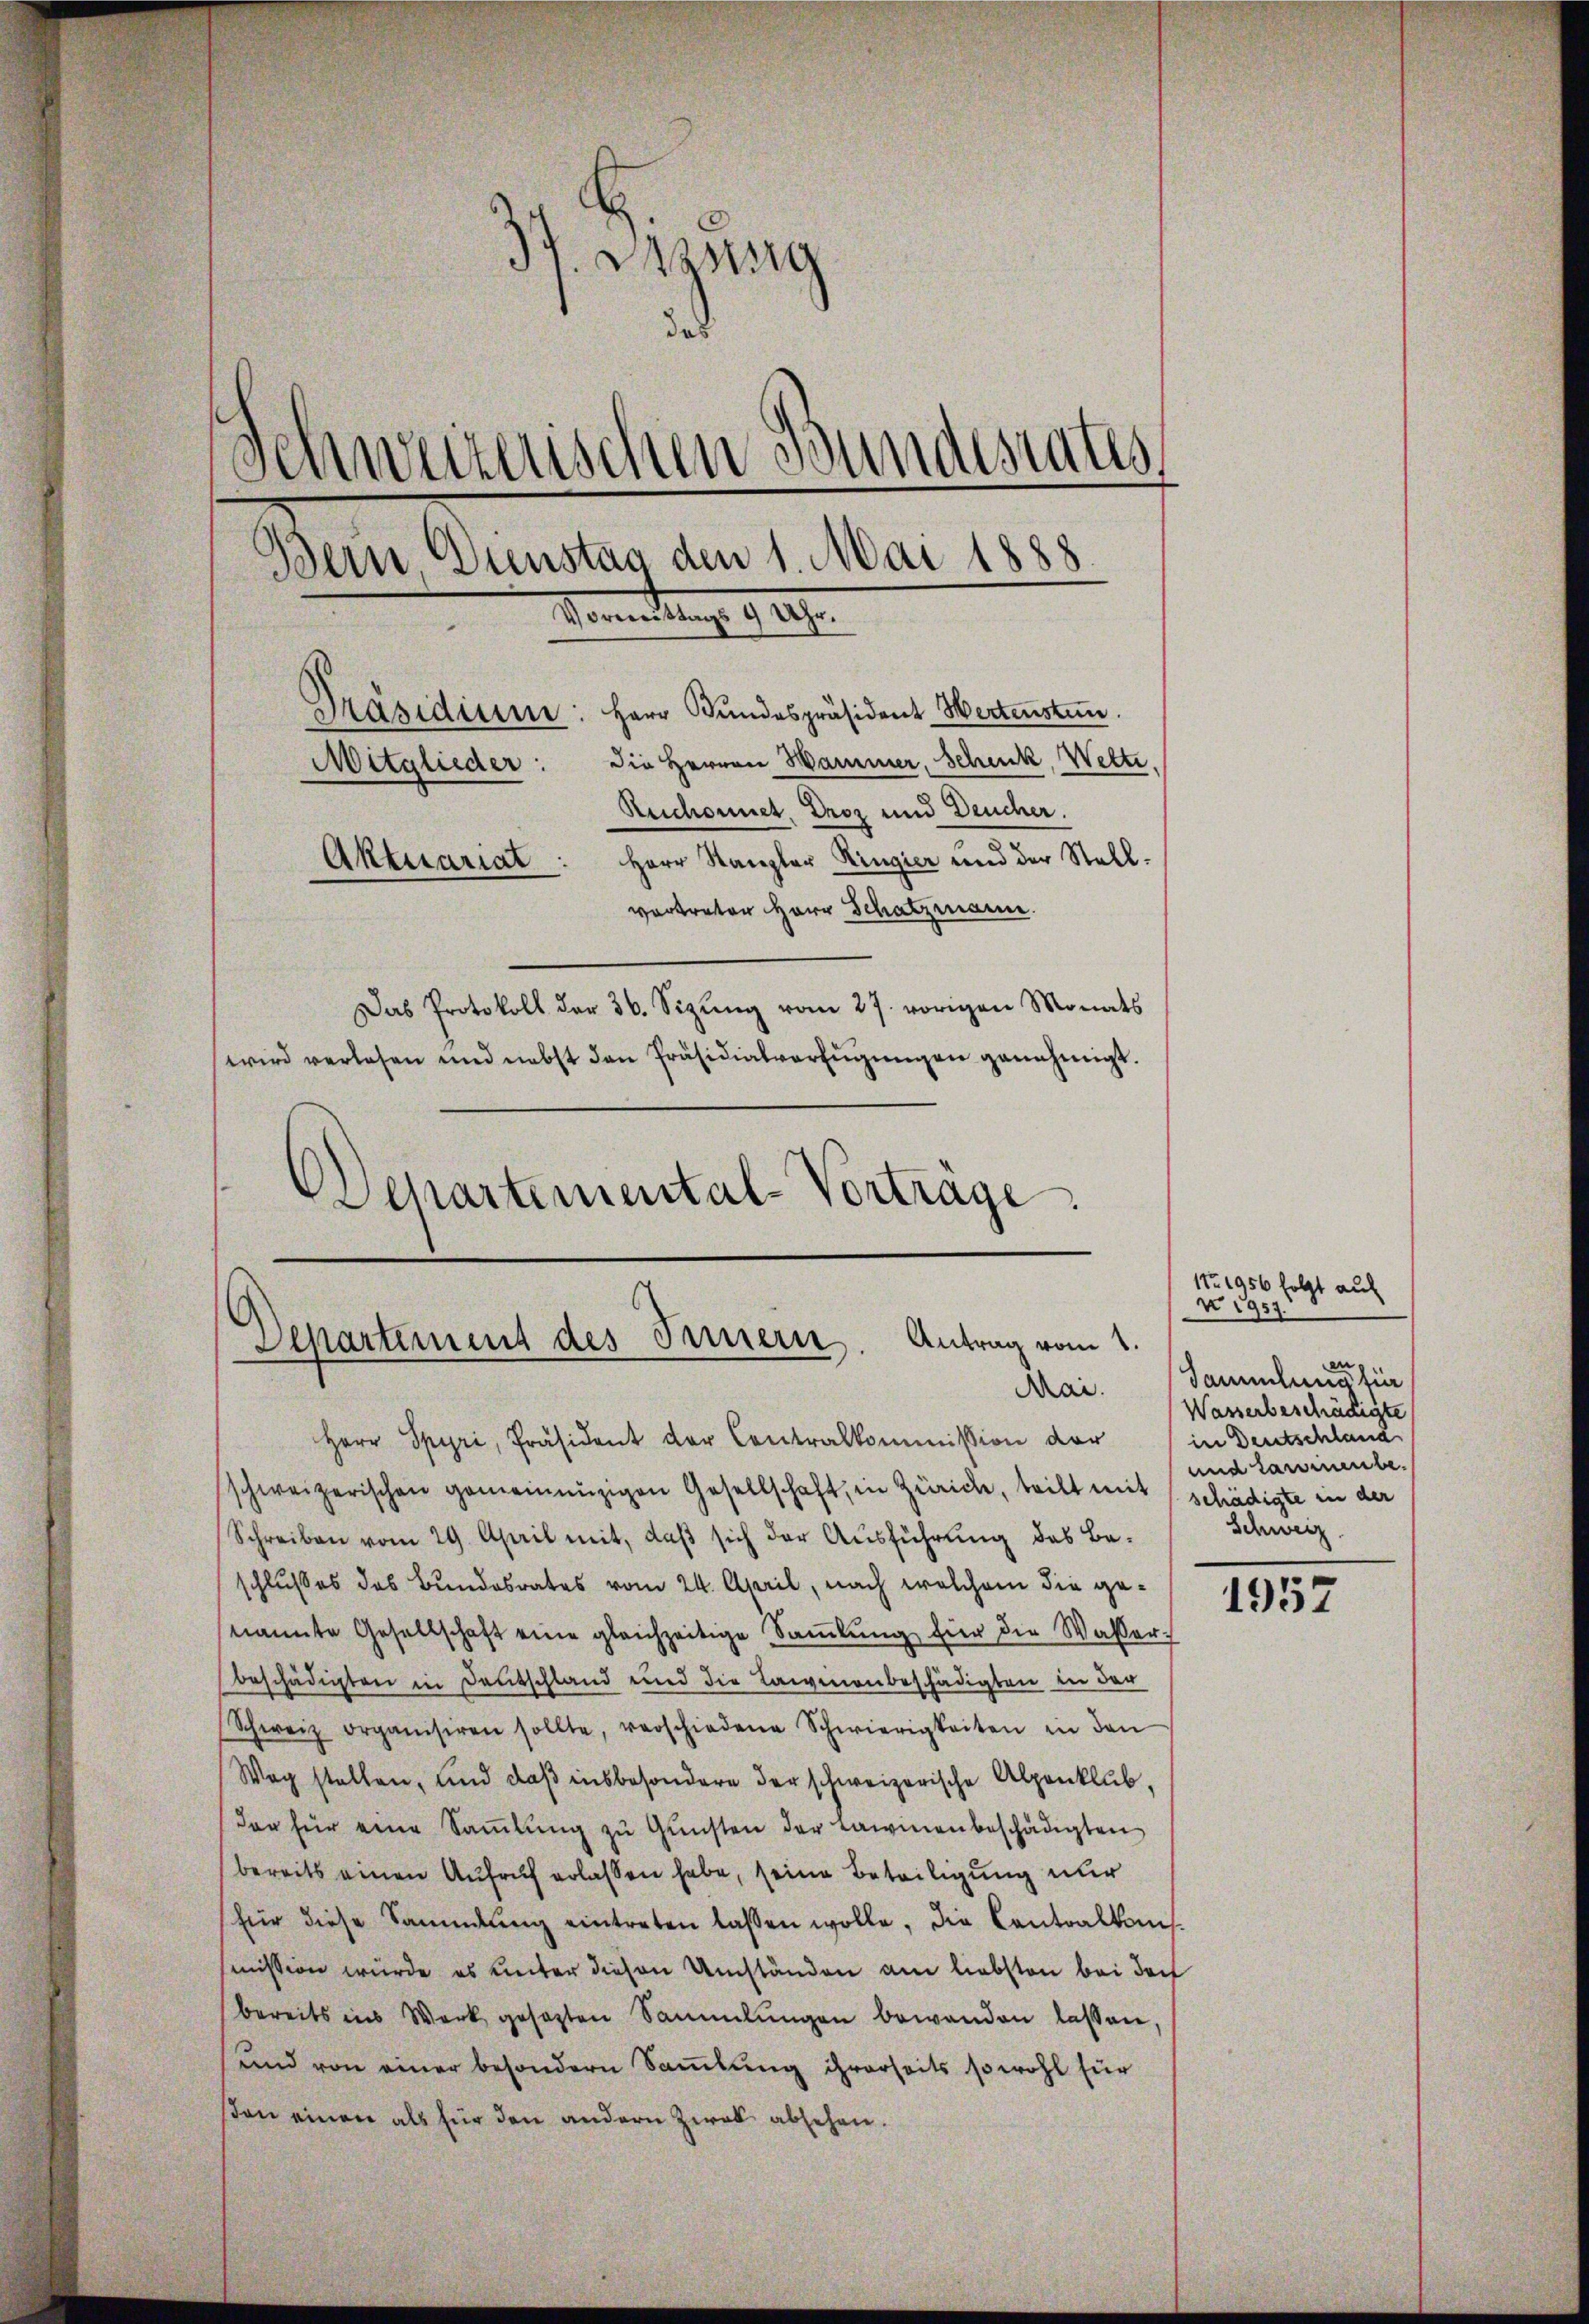
.
Desg
das
d
d
Schweizerischen Bundesrates
Bern, Dienstag den 1. Mai 1888.
Damitung 92.
Präsidium: Herr Bundespräsident Wertenstun
Mitglieder: die Herren Hammer, Schick, Welti,
Reichonnet. Droz und Deucher.
Herr Kanzler Ringier und der Stall¬
Aktuariat
vertreter Herr Schatzmann.
Das Protokoll der 36. Sizŭng vom 27. vorigen Monats
wird verlesen und nebst den Präsidialverfügungen genehmigt.
Departemental-Vorträge

Departement des Innern. Antrag vom 1.
Mai.

Herr Spyri, Präsident der Contralkommission der
schweizerischen gemeinnüzigen Gesellschaft, in Zürich, teilt mit schädigte in der
Schreiben vom 29. April mit, daß sich der Ausführung des Be-
schlußes des Bundesrates vom 24. April, nach welchem die genannte Gesellschaft eine gleichzeitige Saṁlŭng hier die Wasser-
beschädigten in Deutschland und die Lawinenbeschädigten in der
Schweiz organisiren sollte, verschiedene Schwierigkeiten in den
Wag stellen, und daß insbesondere der schweizerische Alpenklub,
don für eine Saṁlŭng zu Gunsten der Lawinenbeschädigten
bereits einen Aufruf erlassen habe, seine Beteiligung nur
für diese Sammlung eintreten lassen wolle, die Centralkonssmission würde es unter diesen Umständen am liebsten bei doch
bereits ins Werk gesezten Sammlungen bewanden lassen,
und von einer besondern Samlung ihrerseits sowohl für
son einen als für den andern Zwek absehen.

11o. 1956 folgt auf
N 1957.
en
Sammlung tier
Wasserbeschädigte
in Deutschland
und tarienbe
Schweiz.

1952